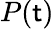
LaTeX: P(\mathsf{t})